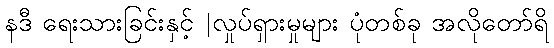
နဒီ ရေးသားခြင်းနှင့် |လှုပ်ရှားမှုများ ပုံတစ်ခု အလိုတော်ရိ